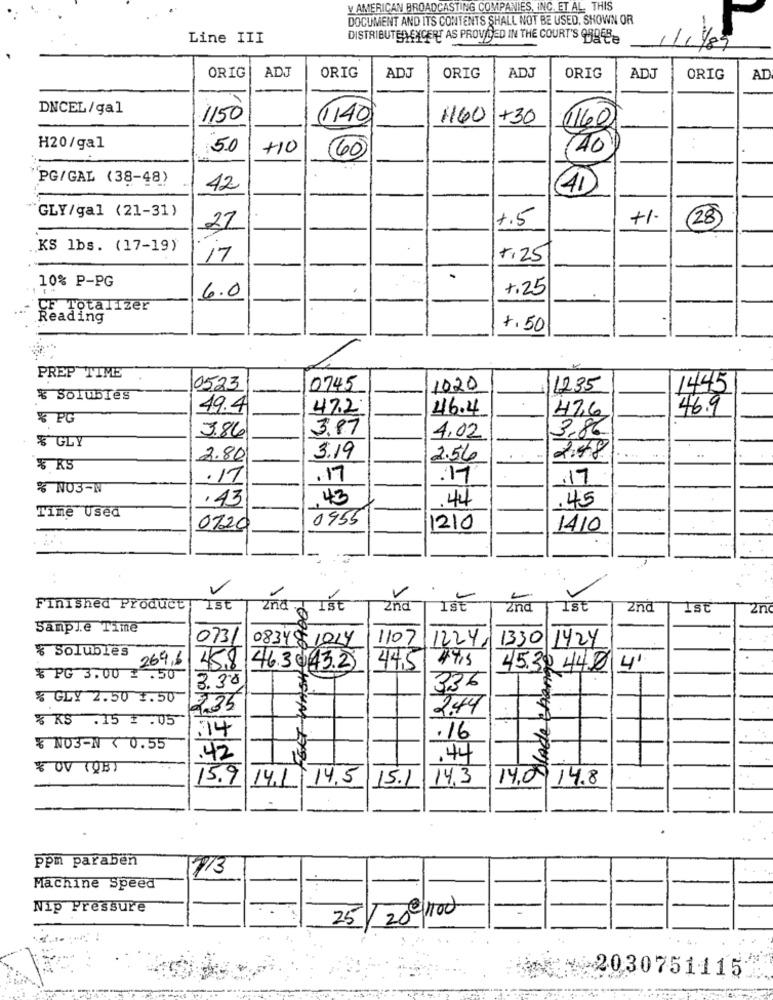
V AMERICAN BROADCASTING COMPANIES, INC. ET AL. THIS
DOCUMENT AND ITS CONTENTS SHALL NOT BE USED, SHOWN OR
Line III
DISTRIBUTED EXCERT AS PROVIDED IN THE COURT'S 958-8
. 1/8
ADJ
ADJ
ADJ
ORIG
ORIG
ORIG
ORIG
ADJ
ORIG
AD
DNCEL/gal
1150
(1140
1160
+30
(1160
H20/gal
50
+10
(40)
40
-
"PG/GAL (38-48)
42
41
GLY/gal (21-31)
27
+.5
+1.
28)
.
.KS lbs. (17-19)
17
1.25
10% P-PG
1.25
6.0
CF Totalizer
Reading
7.50
PREP TIME
0523
0745
1020
1235
1445
% Solubles
49.4
47.2
46.4
46.9
% PG
47,6
3.86
3.87
% GLY
4.02
3.86
2:48
2.80
3.19
2.56
% KS
.17
.17
.17
.17
% NO3-W
.43
43
44
.45
Tine Used
0955
0720
1210
1410
V
Finished Product
1st
2nd
ISE
2nd
Ist
2nd
1st
2n
Sample Time
0731
08349 1014
OOH
1107
1224 1330 1424
-
% Solubles
445 49.3
2696 458 46.30.43.2
45.32 44 4'
Dlade chan
$ PG 3.00 = . 50
3.38
336
GLY 2.50 1.50
235
2.44
% KS .15 # . 05
HOUM
.34
.16
NO3-1 (0.55
.42
.44
# OV (DB)
14.3
14.09 14.8
15.9 141
14.5 15.1
Ppm paraben
2/3
Machine Speed
Nip Pressure
20€/100
25
-2030751115